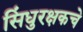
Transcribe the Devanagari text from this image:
सिंधुरक्षकचे